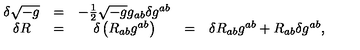
\begin{array} { c c c c c } { \delta \sqrt { - g } } & { = } & { - { \frac { 1 } { 2 } } \sqrt { - g } g _ { a b } \delta g ^ { a b } } & { \ } & { } \\ { \delta R } & { = } & { \delta \left( R _ { a b } g ^ { a b } \right) } & { = } & { \delta R _ { a b } g ^ { a b } + R _ { a b } \delta g ^ { a b } , } \\ \end{array}